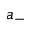
a _ { - }